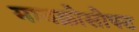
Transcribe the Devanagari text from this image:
मायक्रोसोफ्ट